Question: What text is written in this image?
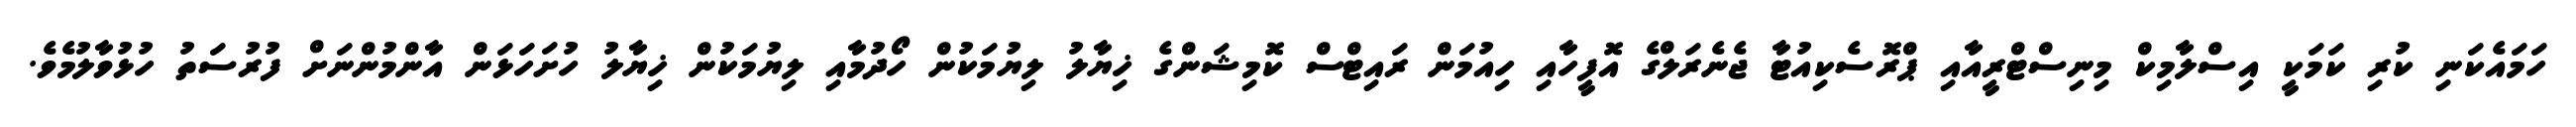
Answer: ހަމައެކަނި ކުރި ކަމަކީ އިސްލާމިކް މިނިސްޓްރީއާއި ޕްރޮސެކިއުޓާ ޖެނެރަލްގެ އޮފީހާއި ހިއުމަން ރައިޓްސް ކޮމިޝަންގެ ޚިޔާލު ލިޔުމަކުން ހޯދުމާއި ލިޔުމަކުން ޚިޔާލު ހުށަހަޅަން އާންމުންނަށް ފުރުސަތު ހުޅުވާލުމެވެ.